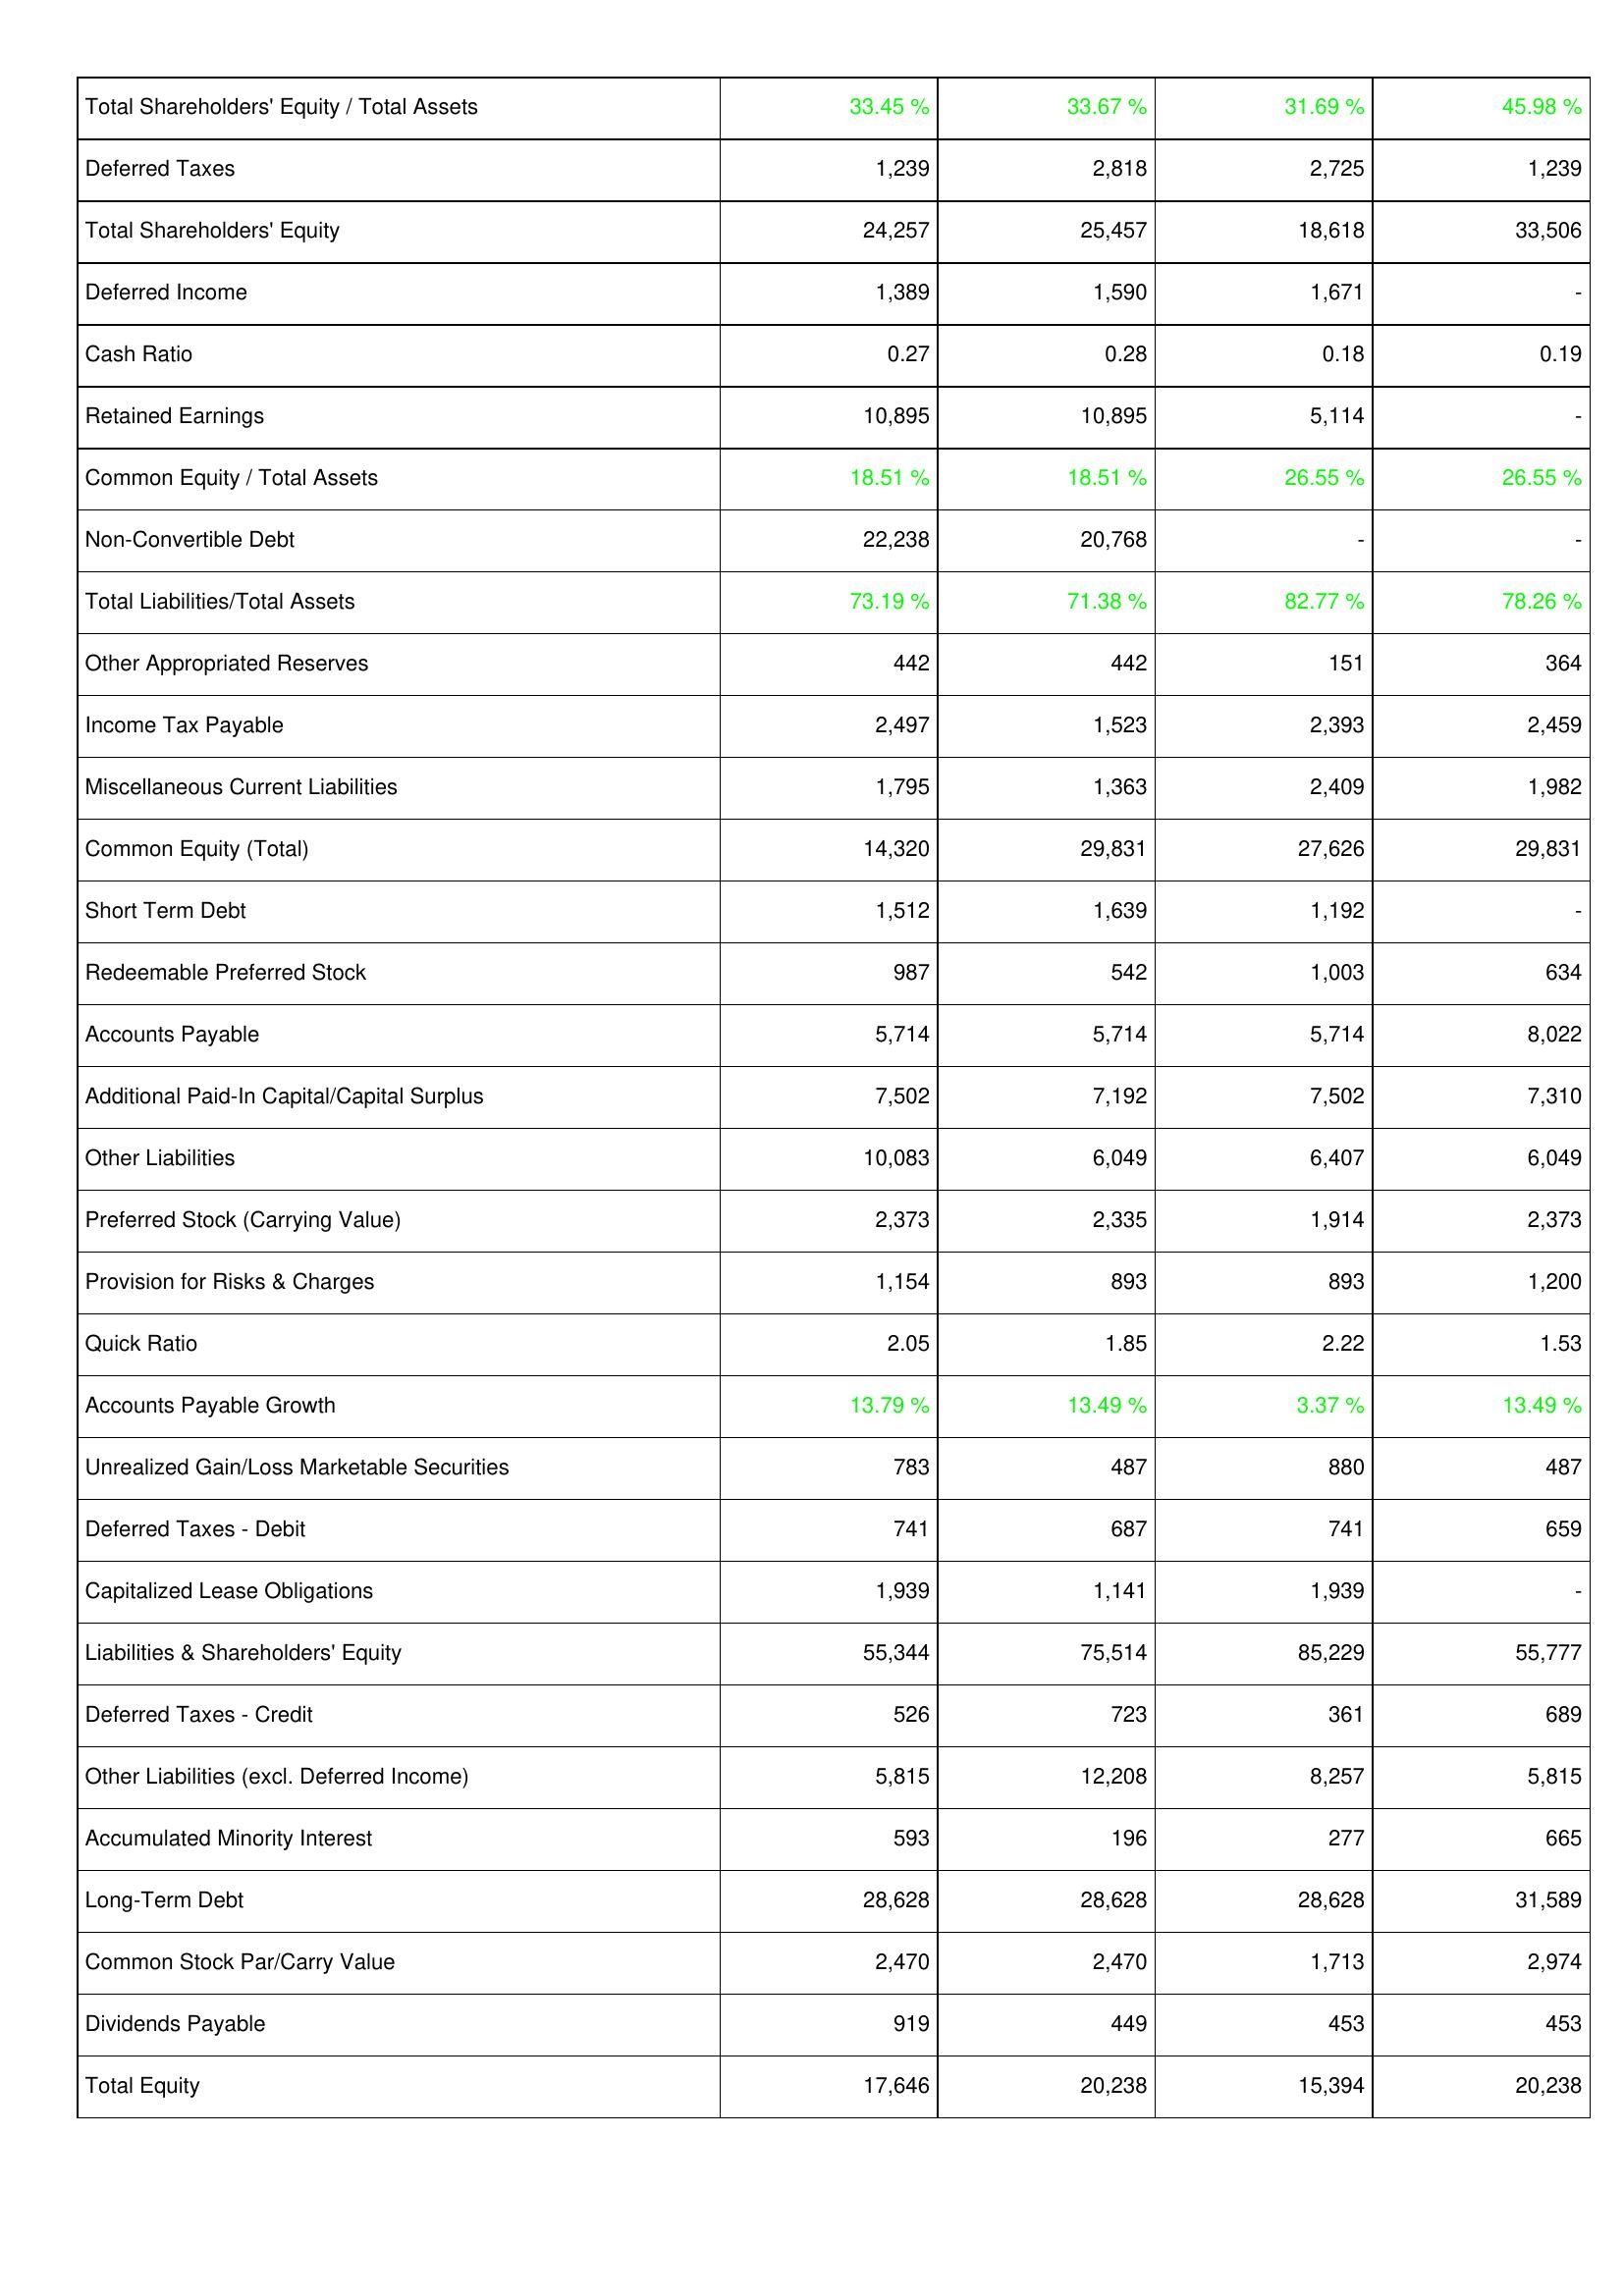
2012: Liabilities & Shareholders' Equity: Total Shareholders' Equity / Total Assets: 33.45 %
Deferred Taxes: 1,239
Total Shareholders' Equity: 24,257
Deferred Income: 1,389
Cash Ratio: 0.27
Retained Earnings: 10,895
Common Equity / Total Assets: 18.51 %
Non-Convertible Debt: 22,238
Total Liabilities/Total Assets: 73.19 %
Other Appropriated Reserves: 442
Income Tax Payable: 2,497
Miscellaneous Current Liabilities: 1,795
Common Equity (Total): 14,320
Short Term Debt: 1,512
Redeemable Preferred Stock: 987
Accounts Payable: 5,714
Additional Paid-In Capital/Capital Surplus: 7,502
Other Liabilities: 10,083
Preferred Stock (Carrying Value): 2,373
Provision for Risks & Charges: 1,154
Quick Ratio: 2.05
Accounts Payable Growth: 13.79 %
Unrealized Gain/Loss Marketable Securities: 783
Deferred Taxes - Debit: 741
Capitalized Lease Obligations: 1,939
Liabilities & Shareholders' Equity: 55,344
Deferred Taxes - Credit: 526
Other Liabilities (excl. Deferred Income): 5,815
Accumulated Minority Interest: 593
Long-Term Debt: 28,628
Common Stock Par/Carry Value: 2,470
Dividends Payable: 919
Total Equity: 17,646
2011: Liabilities & Shareholders' Equity: Total Shareholders' Equity / Total Assets: 33.67 %
Deferred Taxes: 2,818
Total Shareholders' Equity: 25,457
Deferred Income: 1,590
Cash Ratio: 0.28
Retained Earnings: 10,895
Common Equity / Total Assets: 18.51 %
Non-Convertible Debt: 20,768
Total Liabilities/Total Assets: 71.38 %
Other Appropriated Reserves: 442
Income Tax Payable: 1,523
Miscellaneous Current Liabilities: 1,363
Common Equity (Total): 29,831
Short Term Debt: 1,639
Redeemable Preferred Stock: 542
Accounts Payable: 5,714
Additional Paid-In Capital/Capital Surplus: 7,192
Other Liabilities: 6,049
Preferred Stock (Carrying Value): 2,335
Provision for Risks & Charges: 893
Quick Ratio: 1.85
Accounts Payable Growth: 13.49 %
Unrealized Gain/Loss Marketable Securities: 487
Deferred Taxes - Debit: 687
Capitalized Lease Obligations: 1,141
Liabilities & Shareholders' Equity: 75,514
Deferred Taxes - Credit: 723
Other Liabilities (excl. Deferred Income): 12,208
Accumulated Minority Interest: 196
Long-Term Debt: 28,628
Common Stock Par/Carry Value: 2,470
Dividends Payable: 449
Total Equity: 20,238
2010: Liabilities & Shareholders' Equity: Total Shareholders' Equity / Total Assets: 31.69 %
Deferred Taxes: 2,725
Total Shareholders' Equity: 18,618
Deferred Income: 1,671
Cash Ratio: 0.18
Retained Earnings: 5,114
Common Equity / Total Assets: 26.55 %
Non-Convertible Debt: -
Total Liabilities/Total Assets: 82.77 %
Other Appropriated Reserves: 151
Income Tax Payable: 2,393
Miscellaneous Current Liabilities: 2,409
Common Equity (Total): 27,626
Short Term Debt: 1,192
Redeemable Preferred Stock: 1,003
Accounts Payable: 5,714
Additional Paid-In Capital/Capital Surplus: 7,502
Other Liabilities: 6,407
Preferred Stock (Carrying Value): 1,914
Provision for Risks & Charges: 893
Quick Ratio: 2.22
Accounts Payable Growth: 3.37 %
Unrealized Gain/Loss Marketable Securities: 880
Deferred Taxes - Debit: 741
Capitalized Lease Obligations: 1,939
Liabilities & Shareholders' Equity: 85,229
Deferred Taxes - Credit: 361
Other Liabilities (excl. Deferred Income): 8,257
Accumulated Minority Interest: 277
Long-Term Debt: 28,628
Common Stock Par/Carry Value: 1,713
Dividends Payable: 453
Total Equity: 15,394
2009: Liabilities & Shareholders' Equity: Total Shareholders' Equity / Total Assets: 45.98 %
Deferred Taxes: 1,239
Total Shareholders' Equity: 33,506
Deferred Income: -
Cash Ratio: 0.19
Retained Earnings: -
Common Equity / Total Assets: 26.55 %
Non-Convertible Debt: -
Total Liabilities/Total Assets: 78.26 %
Other Appropriated Reserves: 364
Income Tax Payable: 2,459
Miscellaneous Current Liabilities: 1,982
Common Equity (Total): 29,831
Short Term Debt: -
Redeemable Preferred Stock: 634
Accounts Payable: 8,022
Additional Paid-In Capital/Capital Surplus: 7,310
Other Liabilities: 6,049
Preferred Stock (Carrying Value): 2,373
Provision for Risks & Charges: 1,200
Quick Ratio: 1.53
Accounts Payable Growth: 13.49 %
Unrealized Gain/Loss Marketable Securities: 487
Deferred Taxes - Debit: 659
Capitalized Lease Obligations: -
Liabilities & Shareholders' Equity: 55,777
Deferred Taxes - Credit: 689
Other Liabilities (excl. Deferred Income): 5,815
Accumulated Minority Interest: 665
Long-Term Debt: 31,589
Common Stock Par/Carry Value: 2,974
Dividends Payable: 453
Total Equity: 20,238